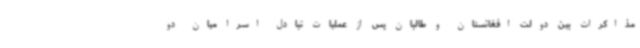
مذاکرات بین دولت افغانستان و طالبان پس از عملیات تبادل اسرا میان دو